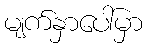
မျက်နှာပေါ်မှာ